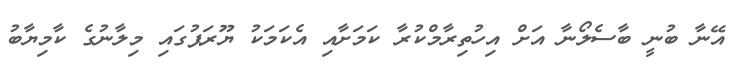
އޭނާ ބުނީ ބާސެލޯނާ އަށް އިހުތިރާމްކުރާ ކަމަށާއި އެކަމަކު ޔޫރަޕުގައި މިލާނުގެ ކާމިޔާބު